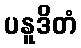
ပနူဒိတံ